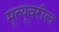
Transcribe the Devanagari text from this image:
मृत्यूवरील